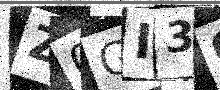
Text: Z0GI30